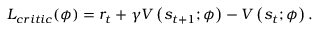
L _ { c r i t i c } ( \phi ) = r _ { t } + \gamma V \left( s _ { t + 1 } ; \phi \right) - V \left( s _ { t } ; \phi \right) .